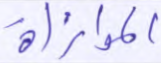
الموازاة